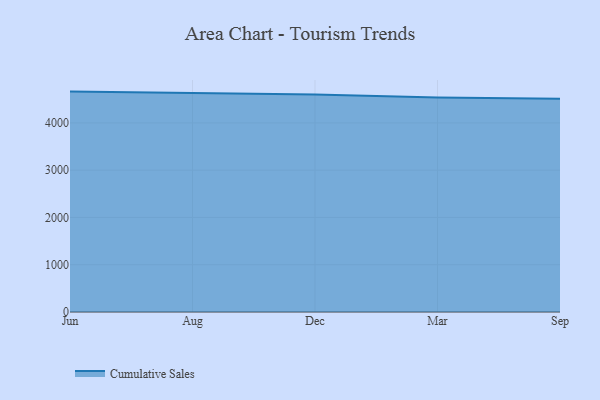
{"axis": {"x": "Month", "y": "LTV (USD)"}, "legend": ["Cumulative Sales"], "data": [{"x": "Jun", "y": 4661.7, "type": "Cumulative Sales"}, {"x": "Aug", "y": 4622.6, "type": "Cumulative Sales"}, {"x": "Dec", "y": 4598.3, "type": "Cumulative Sales"}, {"x": "Mar", "y": 4534.8, "type": "Cumulative Sales"}, {"x": "Sep", "y": 4508.7, "type": "Cumulative Sales"}]}